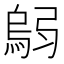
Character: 𫸼